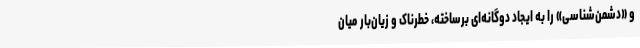
و «دشمن‌شناسی» را به ایجاد دوگانه‌ای برساخته، خطرناک و زیان‌بار میان